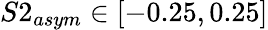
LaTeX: S2_{asym}\in[-0.25,0.25]